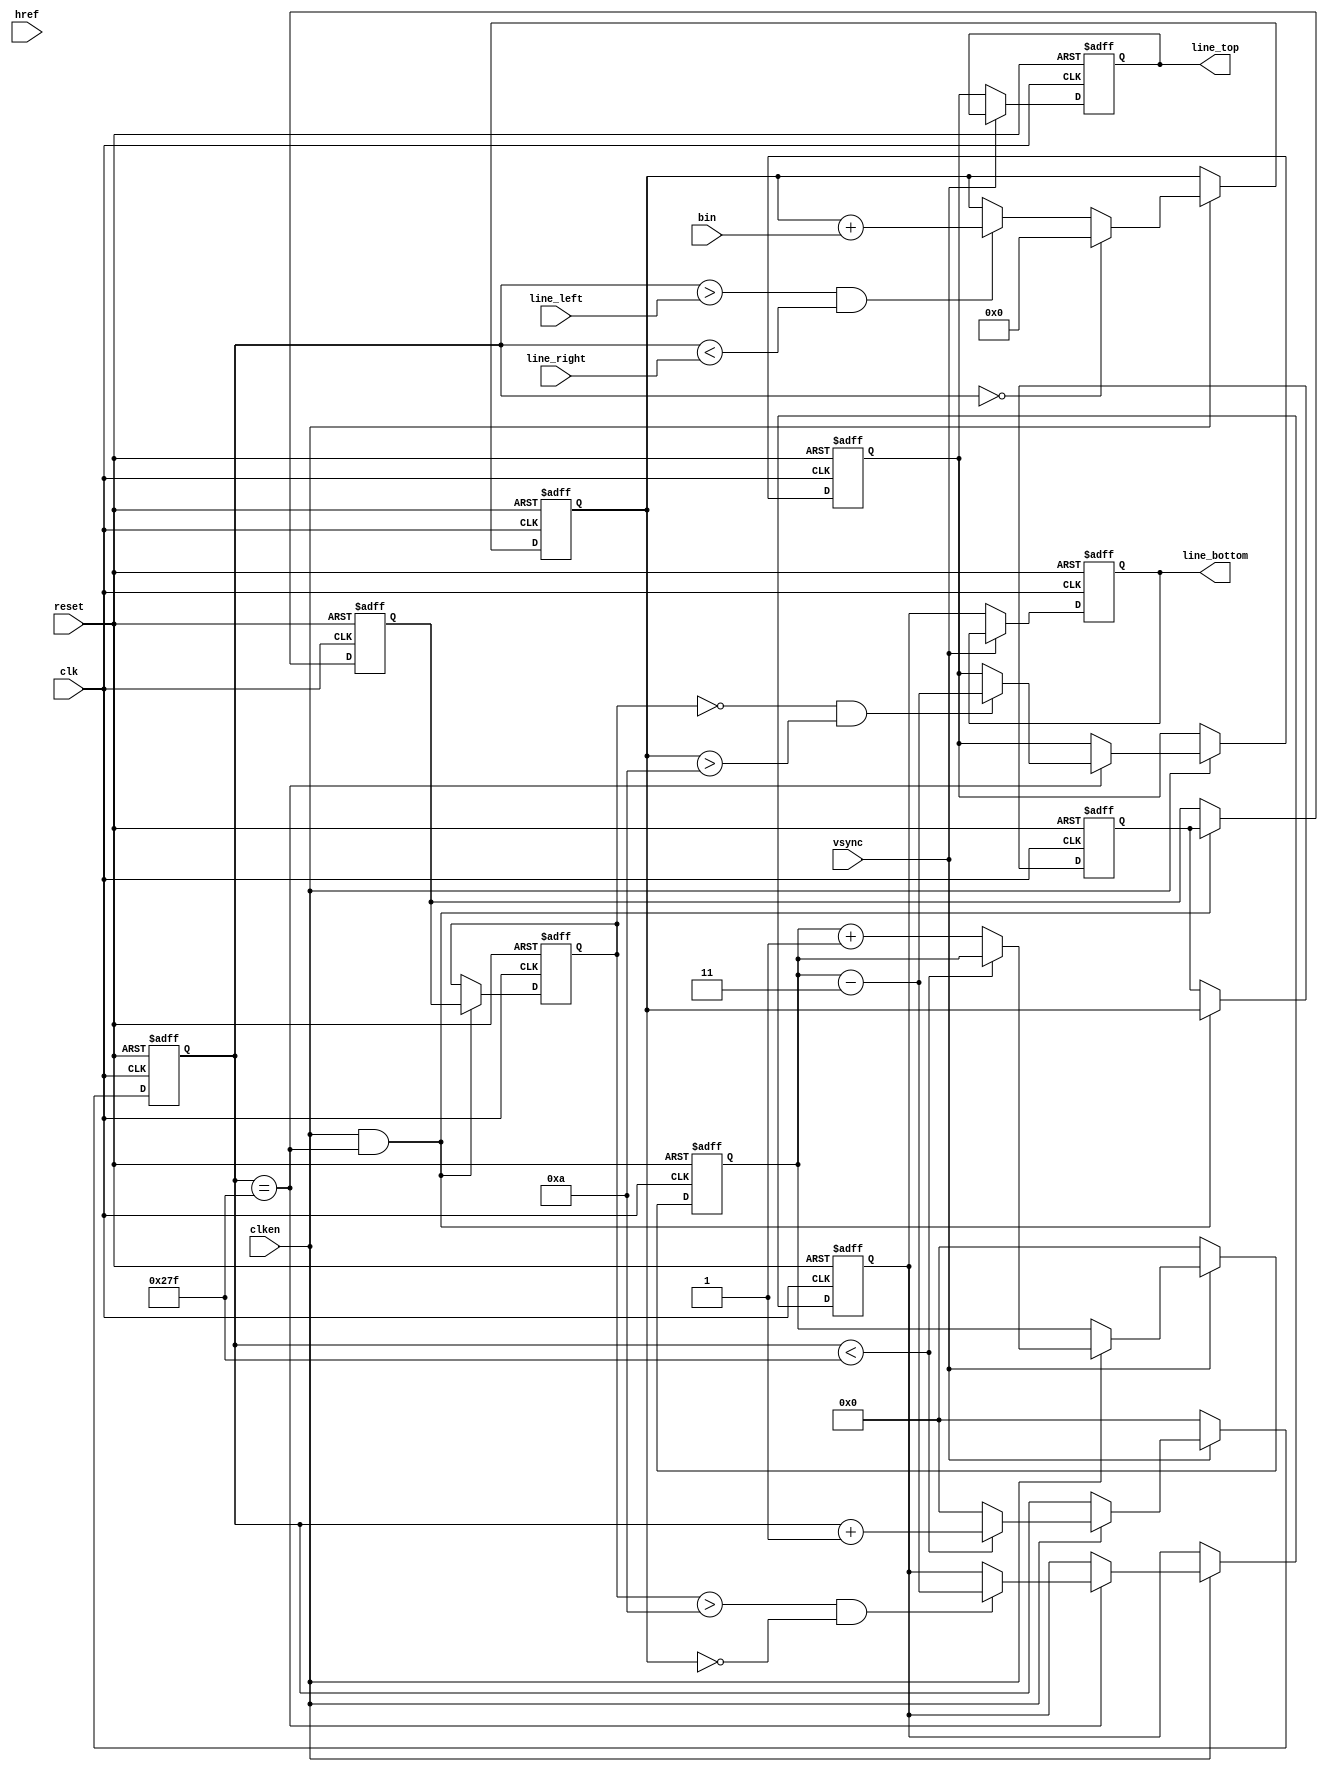
`timescale 1ns / 1ps

module horizontal_projection(
	input				clk,                // 
	input				reset,              // 
	input				vsync,              // 
	input				href,               // 
	input				clken,              // 
	input				bin,                // bit10
	input      [10:0]   line_left,          // 
	input      [10:0]   line_right,
    output reg [10:0] 	line_top,           // 
    output reg [10:0] 	line_bottom
);

	parameter	DISPLAY_WIDTH  = 10'd640;
	parameter	DISPLAY_HEIGHT = 10'd480;

    /*********************
        
    *********************/
    
    // 
    reg [10:0]  	x_cnt;      
    reg [10:0]      y_cnt;
    
    // 
    reg [9:0]       tot;       
    reg [9:0]       tot1;
    reg [9:0]       tot2;
    reg [9:0]       tot3;
    
    // 
    reg [10:0]      topline1;
    reg [10:0]      bottomline1;


    //     
    always@(posedge clk or posedge reset)
    begin
        if(reset)
            begin
                x_cnt <= 10'd0;
                y_cnt <= 10'd0;
            end
        else
            if(vsync == 0)
            begin
                x_cnt <= 10'd0;
                y_cnt <= 10'd0;
            end
            else if(clken) 
            begin
                if(x_cnt < DISPLAY_WIDTH - 1) 
                begin
                    x_cnt <= x_cnt + 1'b1;
                    y_cnt <= y_cnt;
                end
                else 
                begin
                    x_cnt <= 10'd0;
                    y_cnt <= y_cnt + 1'b1;
                end
            end
    end

    //   
    always@(posedge clk or posedge reset)
    begin
        if(reset)
            tot <= 10'b0;
        else if(clken)
        begin
            if(x_cnt == 0)
                tot <= 10'b0;
            // 
            else if(x_cnt > line_left && x_cnt < line_right)
                tot <= tot + bin;
        end
    end

    // 3 
    always @ (posedge clk or posedge reset) 
    begin
        if(reset) 
        begin
            tot1 <= 10'd0;
            tot2 <= 10'd0;
            tot3 <= 10'b0;
        end
        else if(clken && x_cnt == DISPLAY_WIDTH - 1) 
        begin
            tot1 <= tot;
            tot2 <= tot1;
            tot3 <= tot2;
        end
    end
    
    always @ (posedge clk or posedge reset) 
    begin
        if(reset) 
        begin
            topline1    <= 10'd0;
            bottomline1 <= 10'd0;
        end
        else if(clken) 
        begin
            // 
            if(x_cnt == DISPLAY_WIDTH - 1'b1) 
            begin    
                if((tot3 == 10'd0) && (tot > 10'd10))
                    topline1 <= y_cnt - 3;            
                
                if((tot3 > 10'd10) && (tot == 10'd0))
                    bottomline1 <= y_cnt - 3;
            end
        end
    end
    
    //  
    always @ (posedge clk or posedge reset) 
    begin
        if(reset) 
        begin
            line_top    <= 10'd0;
            line_bottom <= 10'd0;
        end
        else if(vsync == 0) 
        begin
            line_top    <= topline1;
            line_bottom <= bottomline1;
        end  
    end

endmodule